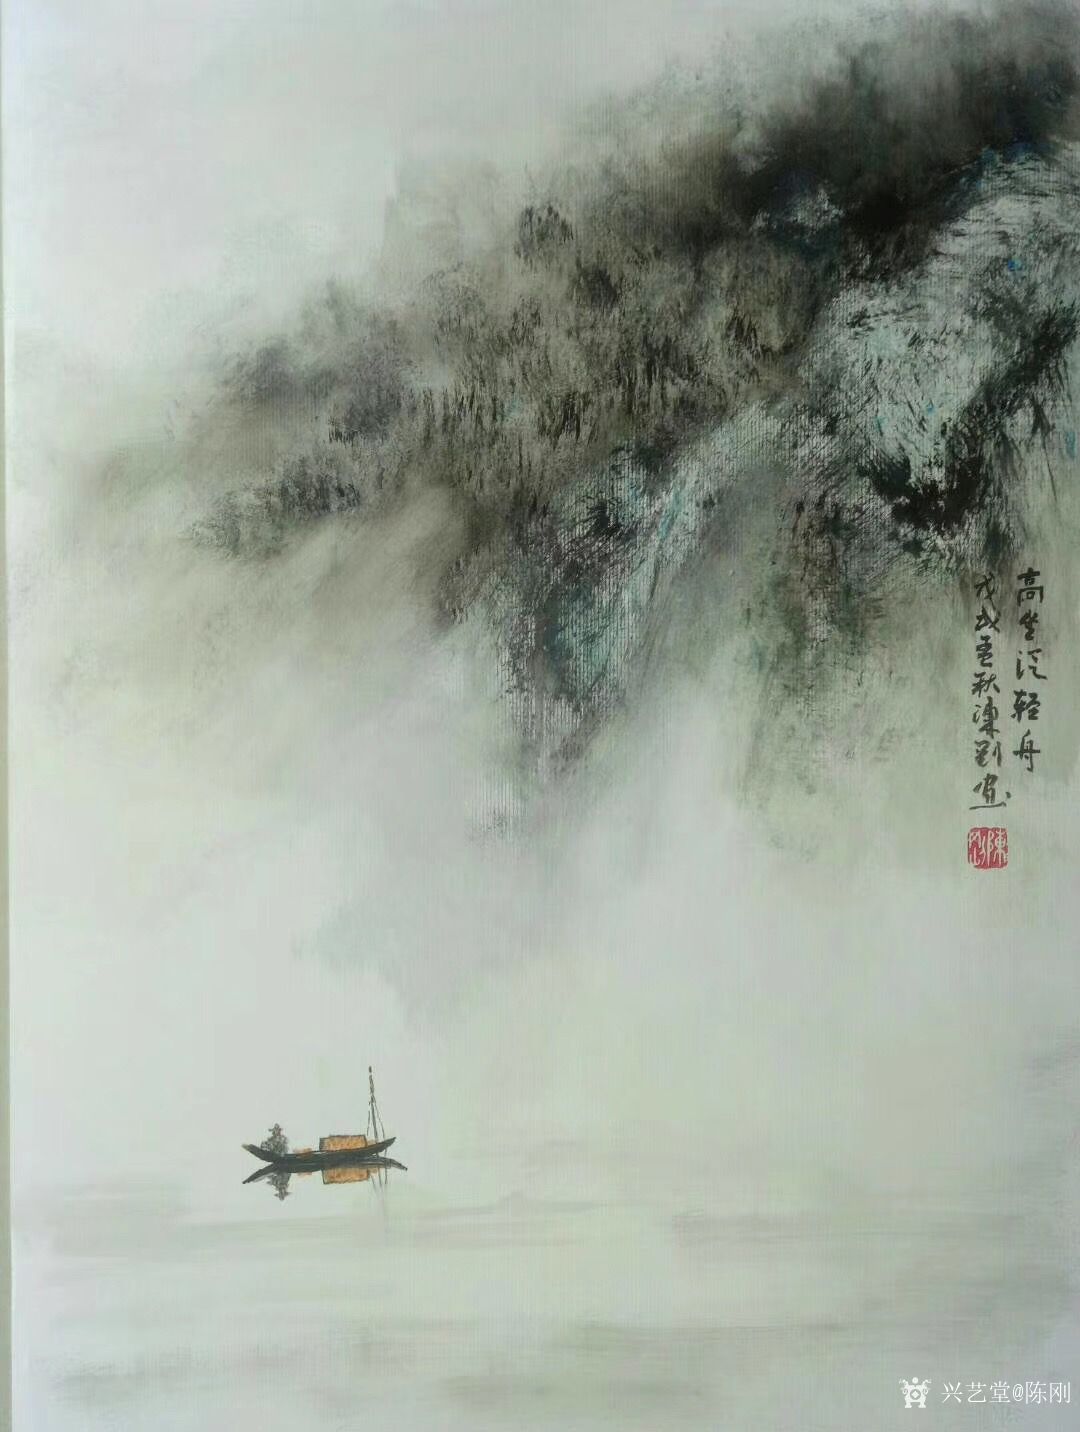
登舟望秋月，空忆谢将军。